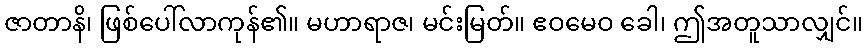
ဇာတာနိ၊ ဖြစ်ပေါ်လာကုန်၏။ မဟာရာဇ၊ မင်းမြတ်။ ဧဝမေဝ ခေါ၊ ဤအတူသာလျှင်။